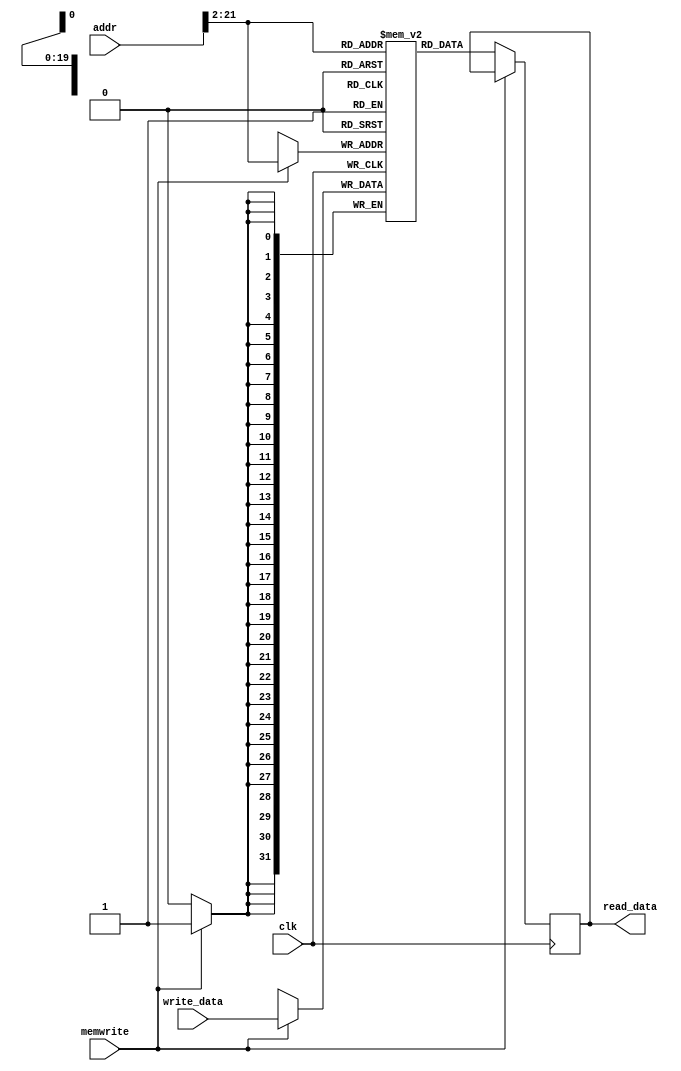
module data_memory #(parameter CACHE_WIDTH = 32, ADDR_WIDTH = 32)
(
  input wire [ADDR_WIDTH-1 : 0] addr,                      // Memory Address
  input wire [CACHE_WIDTH-1 : 0] write_data,               // Memory Address Contents
  input wire memwrite,
  input wire clk,                                          // All synchronous elements,
                                                           // including memories,
                                                           // should have a clock
  output reg [CACHE_WIDTH-1 : 0] read_data                            // Output of Memory
                                                           // Address Contents
);

parameter MEMORY_SIZE = 2 ** 20;                           // 4 * 1 Mega Byte Memory
parameter MEMORY_WIDTH = 32;                               // 32-bit (4 bytes) Line

reg [MEMORY_WIDTH-1 : 0] MEMORY[0 : MEMORY_SIZE-1];

always @(posedge clk) begin

  if (memwrite == 1'b1) begin                              // Write to Memory
    MEMORY[addr[MEMORY_WIDTH-1 : $clog2(MEMORY_WIDTH/8)]] <= #100 write_data;
  end
  if (memwrite == 1'b0) begin                              // Read from Memory
    read_data <= #100 MEMORY[addr[MEMORY_WIDTH-1 : $clog2(MEMORY_WIDTH/8)]];
  end

end

endmodule